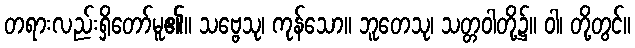
တရားလည်းရှိတော်မူ၏။ သဗ္ဗေသု၊ ကုန်သော။ ဘူတေသု၊ သတ္တဝါတို့၌။ ဝါ၊ တို့တွင်။